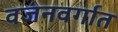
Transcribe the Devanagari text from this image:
वजनवर्गात